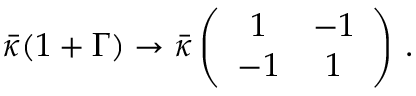
\bar { \kappa } ( 1 + \Gamma ) \to \bar { \kappa } \left( \begin{array} { c c } { { 1 } } & { { - 1 } } \\ { { - 1 } } & { { 1 } } \end{array} \right) \, .